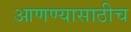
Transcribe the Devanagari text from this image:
आणण्यासाठीच